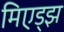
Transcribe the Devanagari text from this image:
मिएड्झ